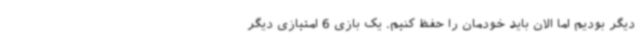
دیگر بودیم اما الان باید خودمان را حفظ کنیم. یک بازی 6 امتیازی دیگر